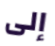
إلى